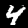
Digit: 4